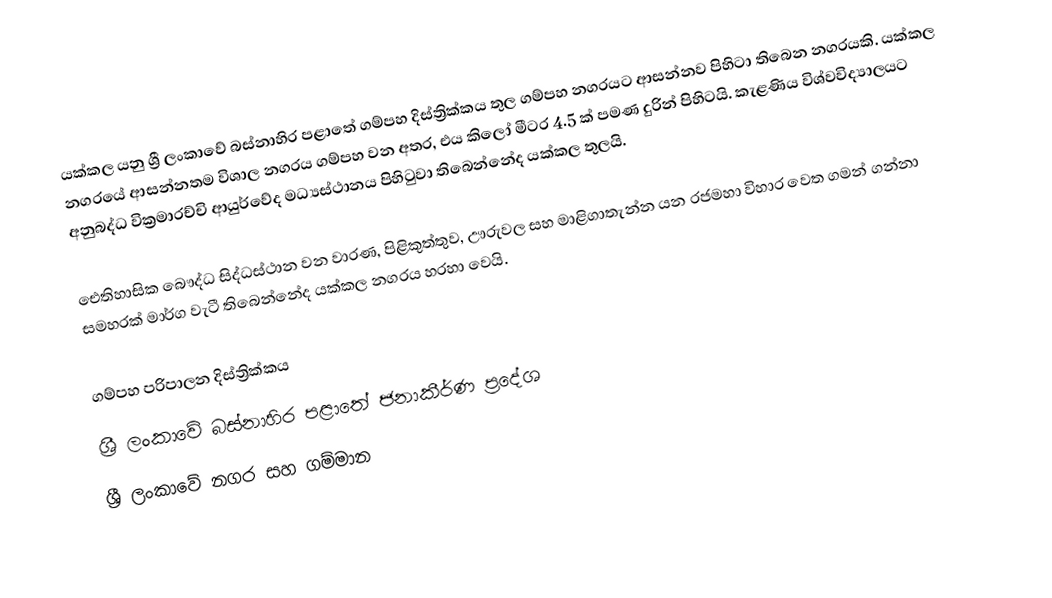
යක්කල යනු ශ්‍රී ලංකාවේ බස්නාහිර පළාතේ ගම්පහ දිස්ත්‍රික්කය තුල ගම්පහ නගරයට ආසන්නව පිහිටා තිබෙන නගරයකි. යක්කල නගරයේ ආසන්නතම විශාල නගරය ගම්පහ වන අතර, එය කිලෝ මීටර 4.5 ක් පමණ දුරින් පිහිටයි. කැළණිය විශ්වවිද්‍යාලයට අනුබද්ධ වික්‍රමාරච්චි ආයුර්වේද මධ්‍යස්ථානය පිහිටුවා තිබෙන්නේද යක්කල තුලයි.

ඓතිහාසික බෞද්ධ සිද්ධස්ථාන වන වාරණ, පිළිකුත්තුව, ඌරුවල සහ මාළිගාතැන්න යන රජමහා විහාර වෙත ගමන් ගන්නා සමහරක් මාර්ග වැටී තිබෙන්නේද යක්කල නගරය හරහා වෙයි.

ගම්පහ පරිපාලන දිස්ත්‍රික්කය
ශ්‍රී ලංකාවේ බස්නාහිර පළාතේ ජනාකීර්ණ ප්‍රදේශ
ශ්‍රී ලංකාවේ නගර සහ ගම්මාන